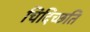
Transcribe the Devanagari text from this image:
चिदिच्छति